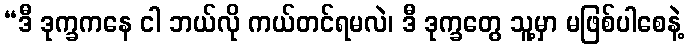
“ဒီ ဒုက္ခကနေ ငါ ဘယ်လို ကယ်တင်ရမလဲ၊ ဒီ ဒုက္ခတွေ သူ့မှာ မဖြစ်ပါစေနဲ့